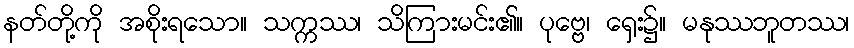
နတ်တို့ကို အစိုးရသော။ သက္ကဿ၊ သိကြားမင်း၏။ ပုဗ္ဗေ၊ ရှေး၌။ မနုဿဘူတဿ၊